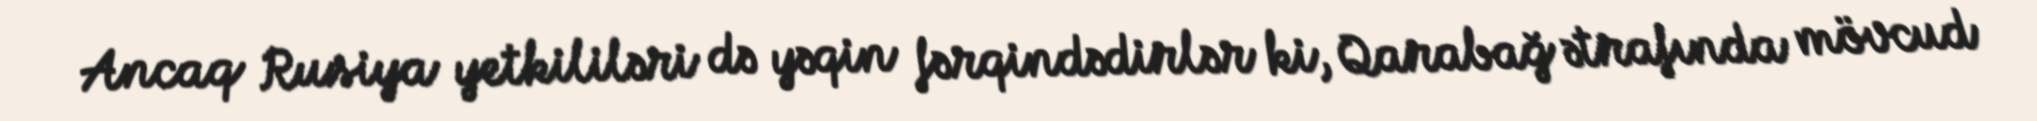
Ancaq Rusiya yetkililəri də yəqin fərqindədirlər ki, Qarabağ ətrafında mövcud